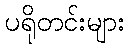
ပရိုတင်းများ